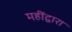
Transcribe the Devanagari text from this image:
महींद्वारा